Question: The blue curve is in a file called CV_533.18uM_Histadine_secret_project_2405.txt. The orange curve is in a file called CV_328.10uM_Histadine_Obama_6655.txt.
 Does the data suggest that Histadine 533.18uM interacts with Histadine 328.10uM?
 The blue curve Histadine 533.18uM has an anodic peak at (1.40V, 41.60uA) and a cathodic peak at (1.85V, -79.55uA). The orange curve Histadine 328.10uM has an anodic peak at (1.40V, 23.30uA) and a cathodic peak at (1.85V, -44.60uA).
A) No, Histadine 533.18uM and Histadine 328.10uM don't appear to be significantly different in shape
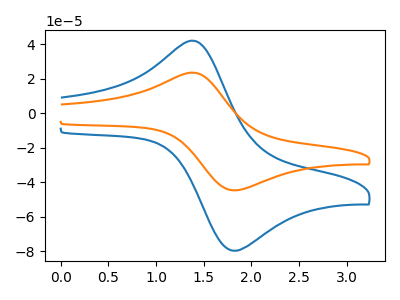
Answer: <think>All the peaks in "Histadine 533.18uM" have a peak in "Histadine 328.10uM" at the same potential. Every peak in "Histadine 533.18uM" is higher than every peak in "Histadine 328.10uM".
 </think>
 <answer>A) No, "Histadine 533.18uM" and "Histadine 328.10uM" don't appear to be significantly different in shape</answer>
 <eval>A</eval>